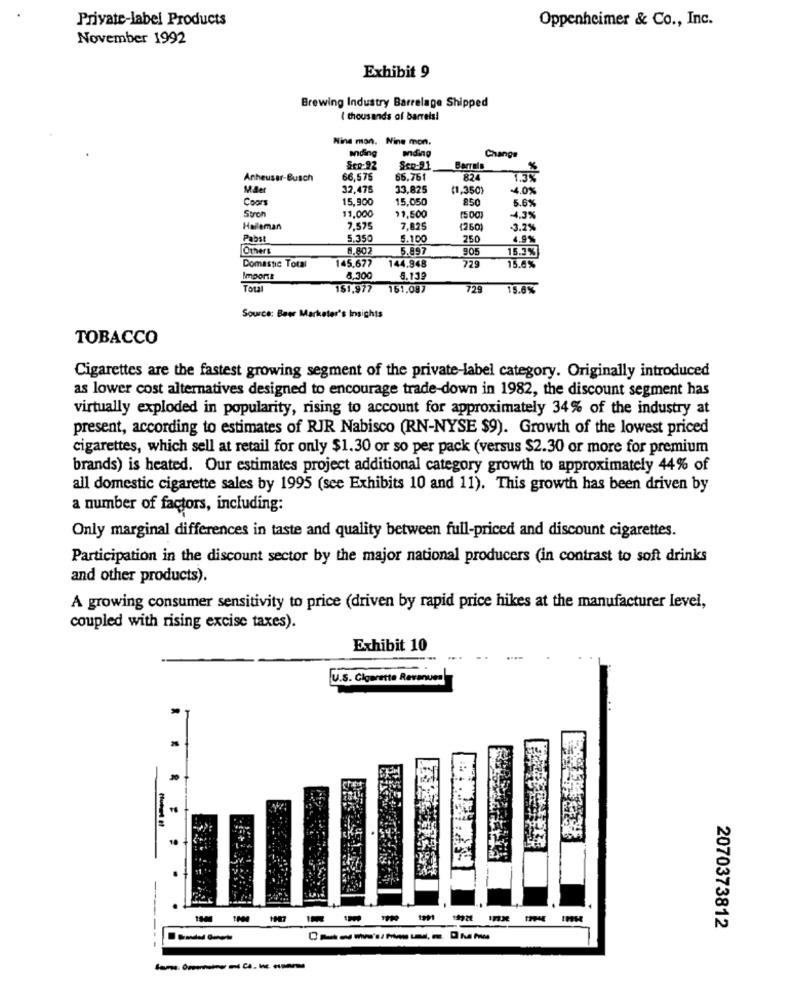
Private-label Products
Oppenheimer & Co ., Inc.
November 1992
Exhibit 9
Brewing Industry Barrelage Shipped
( thousands of barrels!
Wine mon. Nine mon.
ending
ending
Change
Sco-92
Sco-21
Barrels
Anheuser-Busch
66,575
66.761
824
32,475
33,825
(1,350)
4.0%
Coors
15,900
15,050
850
5.6%
$1,000
Stron
11.500
(500)
4.3%
Holleman
7,575
7,825
(260)
-3.2%
Pabst
5.350
5.100
250
4.9%
Others
6.802
5.897
905
15.3%
145.677
144.948
Domastic Total
729
15.6%
Import
8.300
5.139
Total
1$1,977
161.087
729
15.6%
Source: Baer Marketer's Insights
TOBACCO
Cigarettes are the fastest growing segment of the private-label category. Originally introduced
as lower cost alternatives designed to encourage trade-down in 1982, the discount segment has
virtually exploded in popularity, rising to account for approximately 34% of the industry at
present, according to estimates of RJR Nabisco (RN-NYSE $9). Growth of the lowest priced
cigarettes, which sell at retail for only $1.30 or so per pack (versus $2.30 or more for premium
brands) is heated. Our estimates project additional category growth to approximately 44% of
all domestic cigarette sales by 1995 (sce Exhibits 10 and 11). This growth has been driven by
a number of factors, including:
Only marginal differences in taste and quality between full-priced and discount cigarettes.
Participation in the discount sector by the major national producers (in contrast to soft drinks
and other products).
A growing consumer sensitivity to price (driven by rapid price hikes at the manufacturer level,
coupled with rising excise taxes).
Exhibit 10
U.S. Cigarette Revanuma
.
10
---
1987
----
2070373812